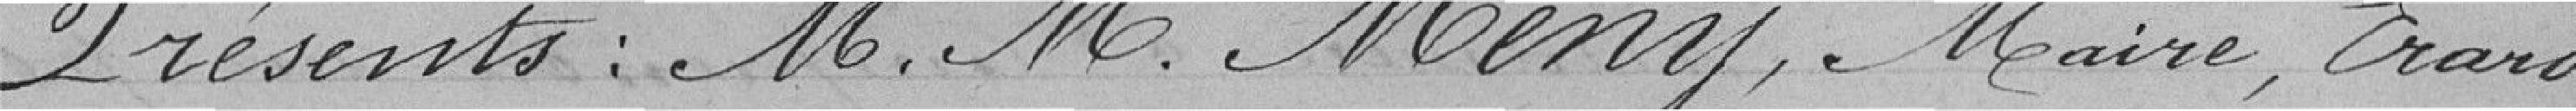
Présents : messieurs Mény, Maire, Erard